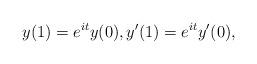
LaTeX: \begin{align*}y(1)=e^{it}y(0),y^{\prime}(1)=e^{it}y^{\prime}(0),\end{align*}